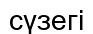
сүзегі